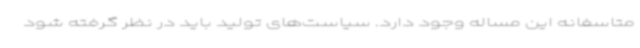
متاسفانه این مساله وجود دارد. سیاست‌های تولید باید در نظر گرفته شود